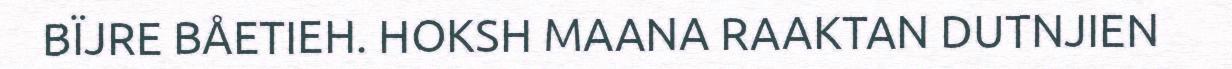
BÏJRE BÅETIEH. HOKSH MAANA RAAKTAN DUTNJIEN